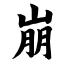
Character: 崩